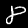
Label: 8